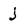
Character: j